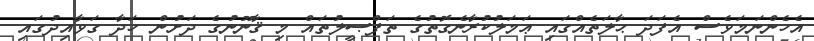
އެހެންނަމަވެސް އެފަދަ ޙާލަތެއްގައި ޢަމަލުކުރާނެގޮތުގެ ތަފްޞީލުތައް މި ޤާނޫނުގެ ދަށުން ހަދާ ގަވާއިދުގައި